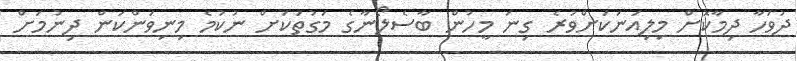
ދުވަހާ ދިމާކޮށް މިލިއަނަކަށްވުރެ ގިނަ މީހުން ބާސެލޯނާގެ މަގުތަކަށް ނުކުމެ މިނިވަންކަން ދިނުމަށް